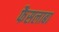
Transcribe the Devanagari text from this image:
फैसलाबा